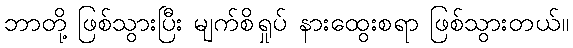
ဘာတို့ ဖြစ်သွားပြီး မျက်စိရှုပ် နားထွေးစရာ ဖြစ်သွားတယ်။